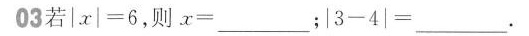
03若$$| x | = 6$$，则$$x = ___$$；$$| 3 - 4 | = ___$$。